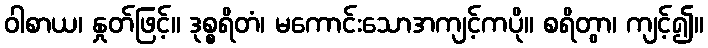
ဝါစာယ၊ နှုတ်ဖြင့်။ ဒုစ္စရိတံ၊ မကောင်းသောအကျင့်ကပို။ စရိတွာ၊ ကျင့်၍။